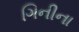
ગિનીના